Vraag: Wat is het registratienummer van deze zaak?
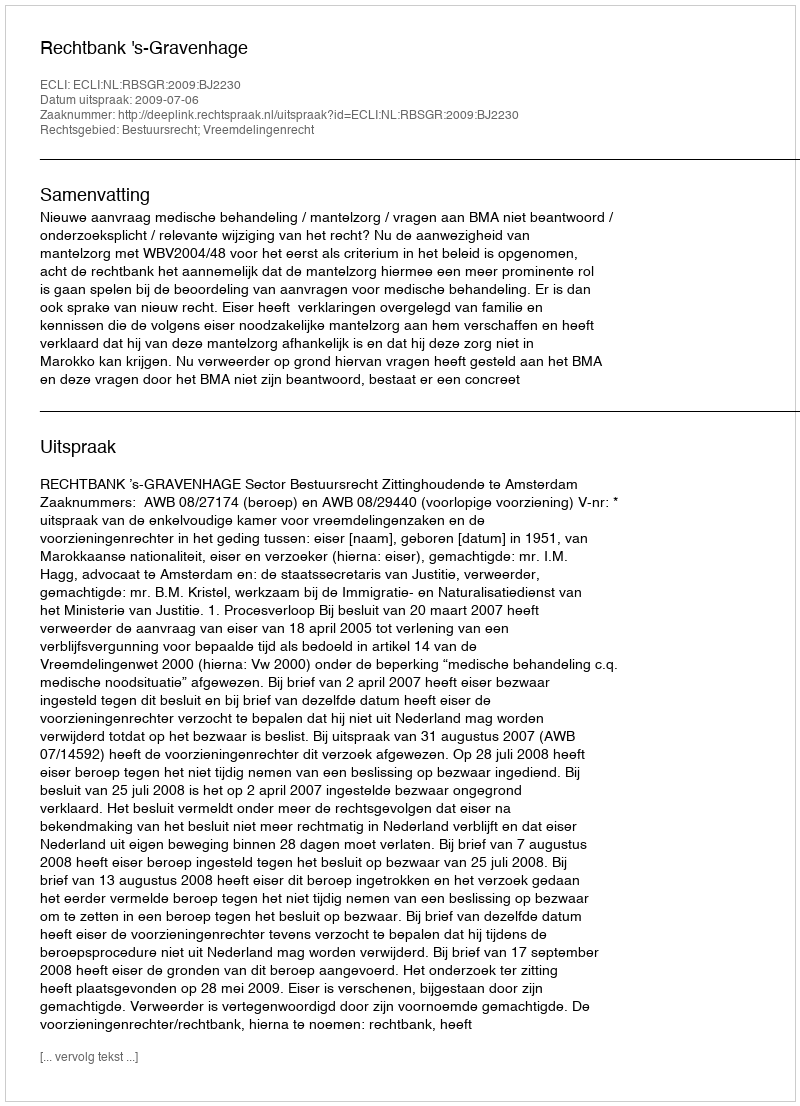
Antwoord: http://deeplink.rechtspraak.nl/uitspraak?id=ECLI:NL:RBSGR:2009:BJ2230